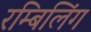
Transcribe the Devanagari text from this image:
रम्बिलिंग